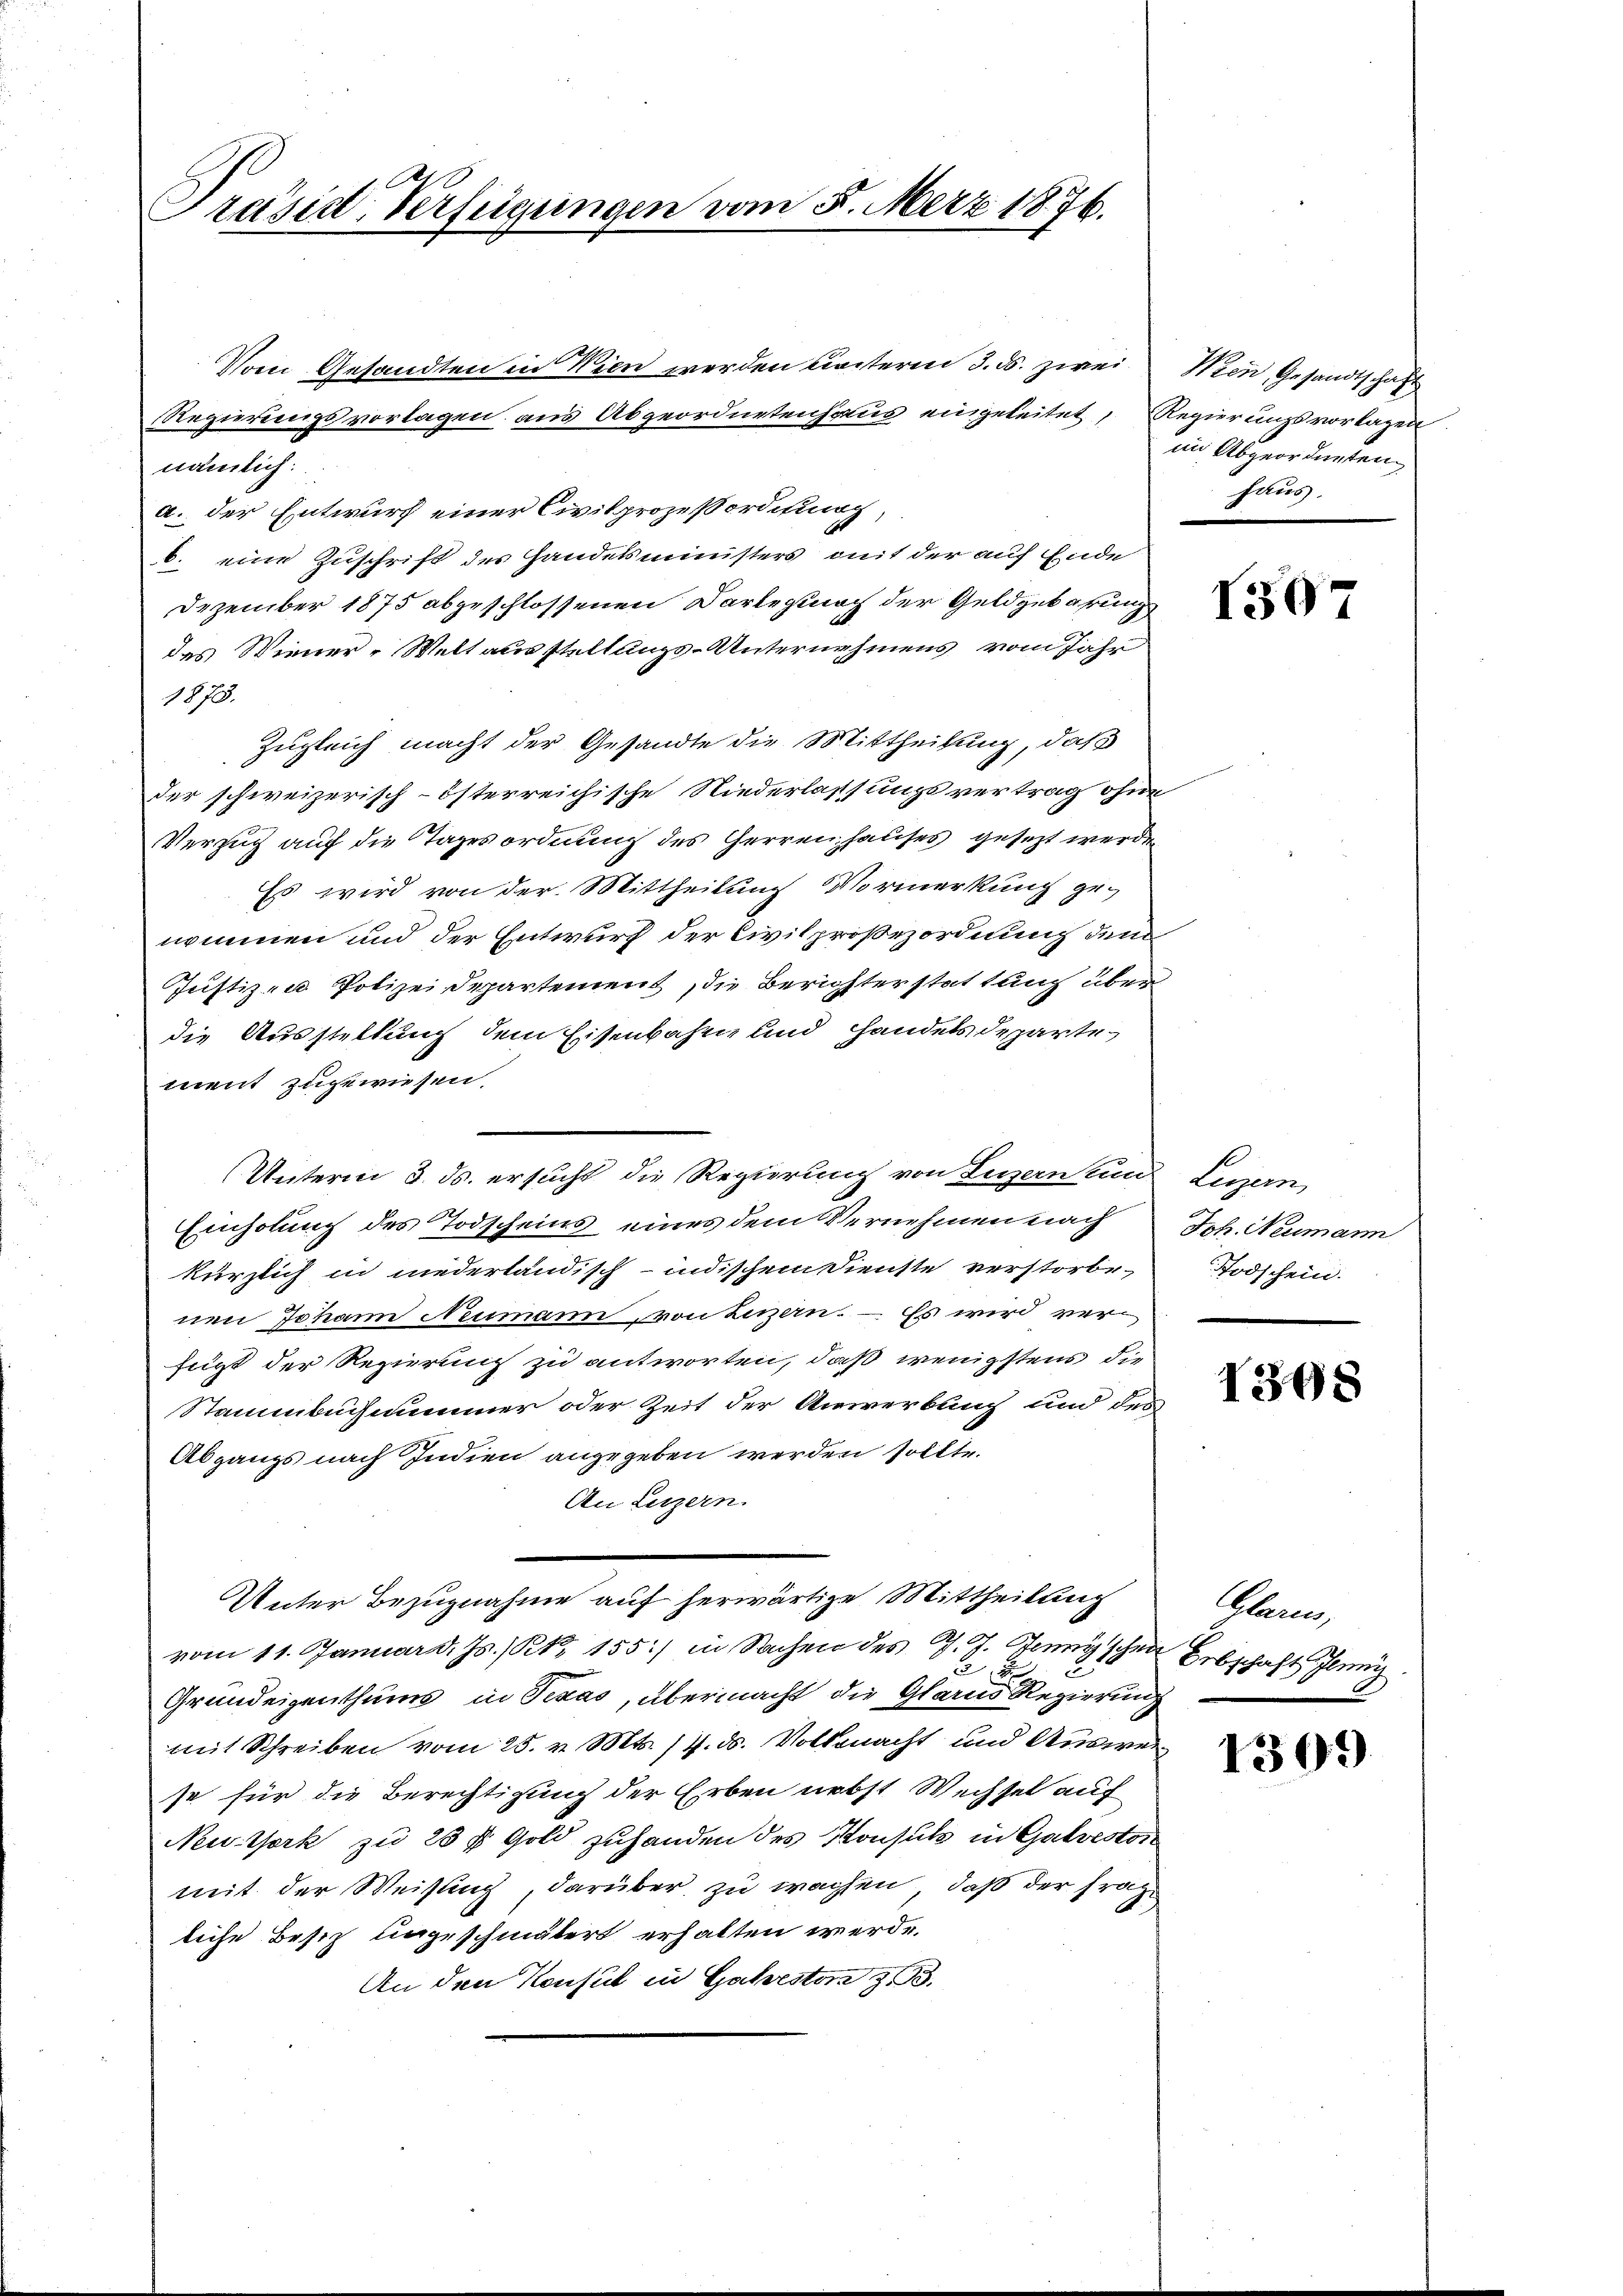
Präsid. Verfügungen vom 5. März 1876.

nämlich:
a. der Entwurf einer Civilprozeßordnung,
b. eine Zuschrift des Handelsministers mit der auf Ende
Dezember 1875 abgeschlossenen Darlegung der Geldgebarung
das Wiener-Weltausstellungs-Unternehmens vom Jahr
1873.
Zugleich macht der Gesandte die Mittheilung, daß
der schweizerisch-österreichische Niederlassungsvertrag ohne
Verzug auf die Tagesordnung des Herrenhauses gesezt werden
Es wird von der Mittheilung Vormerkung ge-
nommen und der Entwurf der Civilproßezordnung dem
Justizen Polizeidepartement, die Berichterstattung überdie Ausstellung dem Eisenbahn und Handels departe
ment zugewiesen.
Einholung des Todscheins eines dem Vernehmen nach Joh. Neumann
kürzlich in niederländisch-indischem Dienste verstorbe-
nen Johann Neumann, von Luzern. – Es wird verfügt der Regierung zu antworten, daß wenigstens die
Stammbuchnummer oder Zeit der Anwerbung und des
Abgangs nach Indien angegeben werden sollte.
An Luzern.
Unter Bezugnahme auf herwärtige Mittheilung Glarus,
vom 11. Januar d. Js. /Kk. 155) in Sachen des J. J. Jenny schen Erbschaft Ilung
2
Grundeigenthums in Texas, übermacht die Glarus Regierung
mit Schreiben vom 25. v. Mts. 17. ds. Vollmacht und Auswei
se für die Berechtigung der Erben nebst Wechsel auf
Neuthork zu 28 f Gold zuhanden des Konsul in Galveston
mit der Weisung, darüber zu wachen, daß der Frage
liche Besiz ungeschmälert erhalten werde.
An den Konsul in Galveston 23.

Unterm 3. ds. ersucht die Regierung von Luzern und Legern,

Vom Gesandten in Wien werden leiteren 3. ds. zwei Wien, Gesandtschaft
Regierungsvorlagen aus Abgeordnetenhaus eingeleitet, Regierungsvorlagen

im Abgeordneten
Folus.

1507

Todschein.

1308

1309